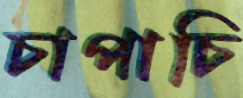
চাপাচি